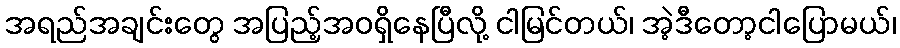
အရည်အချင်းတွေ အပြည့်အဝရှိနေပြီလို့ ငါမြင်တယ်၊ အဲ့ဒီတော့ငါပြောမယ်၊